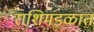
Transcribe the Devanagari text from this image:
राशिमंडळात